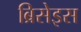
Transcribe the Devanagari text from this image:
ब्रिसेइस